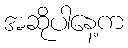
အဆိုပါနေ့က